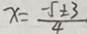
x = \frac { - 5 \pm 3 } { 4 }